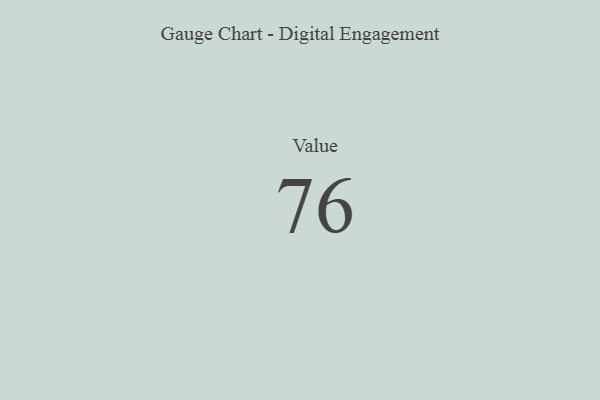
{"axis": {"x": "Metric", "y": "Value"}, "legend": [""], "data": [{"x": "Value", "y": 76, "type": ""}]}